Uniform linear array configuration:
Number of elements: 64
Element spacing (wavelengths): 0.5
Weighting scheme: uniform
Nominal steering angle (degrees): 0
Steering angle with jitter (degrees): -0.9446
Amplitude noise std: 0.05
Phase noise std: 0.05

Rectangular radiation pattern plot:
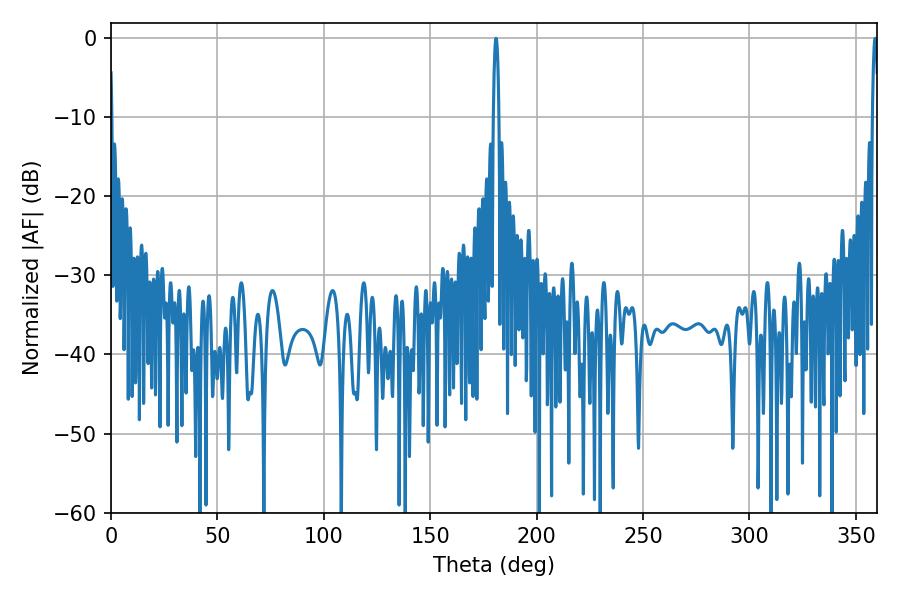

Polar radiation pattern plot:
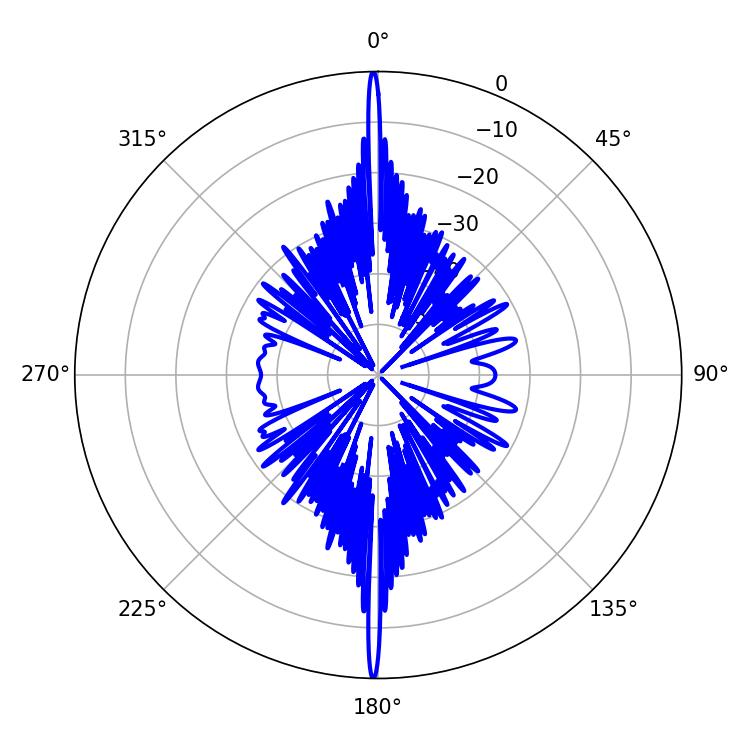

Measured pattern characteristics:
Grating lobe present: FALSE
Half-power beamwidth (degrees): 1.44
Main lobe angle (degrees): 180.9